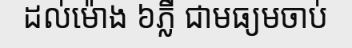
ដល់ម៉ោង ៦ភ្លឺ ជាមធ្យមចាប់